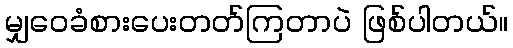
မျှဝေခံစားပေးတတ်ကြတာပဲ ဖြစ်ပါတယ်။